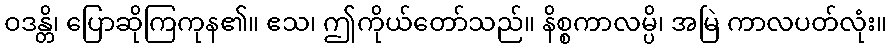
ဝဒန္တိ၊ ပြောဆိုကြကုန၏။ ဧသ၊ ဤကိုယ်တော်သည်။ နိစ္စကာလမ္ပိ၊ အမြဲ ကာလပတ်လုံး။